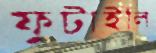
ফুটাইলি